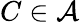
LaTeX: C\in{\mathcal{A}}